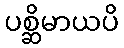
ပစ္ဆိမာယပိ